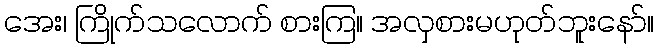
အေး၊ ကြိုက်သလောက် စားကြ။ အလှစားမဟုတ်ဘူးနော်။